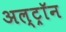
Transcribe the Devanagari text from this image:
अल्ट्राॅन